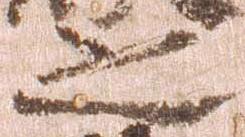
之